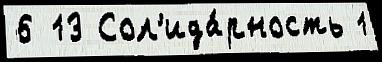
6 13 Сол'ида́рность 1